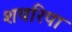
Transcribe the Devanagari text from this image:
शवरिपा